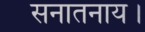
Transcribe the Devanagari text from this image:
सनातनाय।